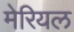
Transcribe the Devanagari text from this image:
मेरियल